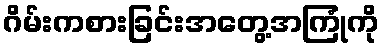
ဂိမ်းကစားခြင်းအတွေ့အကြုံကို